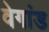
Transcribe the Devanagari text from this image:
वेगांड